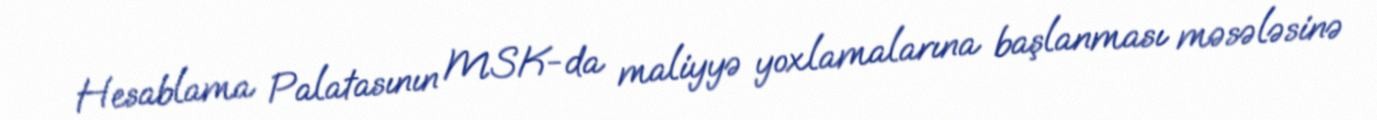
Hesablama Palatasının MSK-da maliyyə yoxlamalarına başlanması məsələsinə